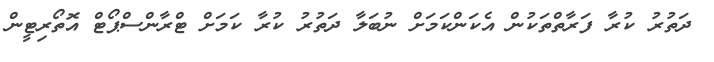
ދަތުރު ކުރާ ފަރާތްތަކުން އެކަންކަމަށް ނުބަލާ ދަތުރު ކުރާ ކަމަށް ޓްރާންސްޕޯޓް އޮތޯރިޓީން